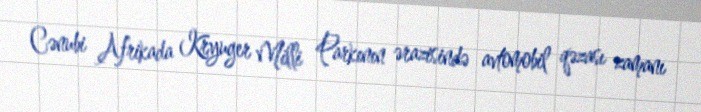
Cənubi Afrikada Kryuger Milli Parkının ərazisində avtomobil qəzası zamanı